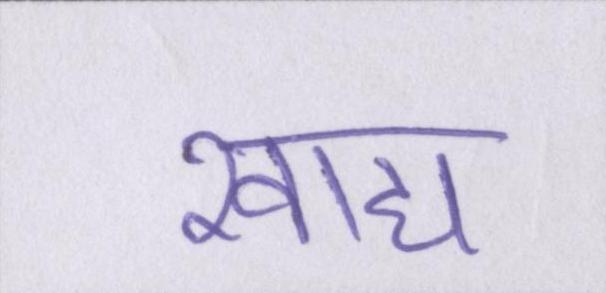
खाद्य